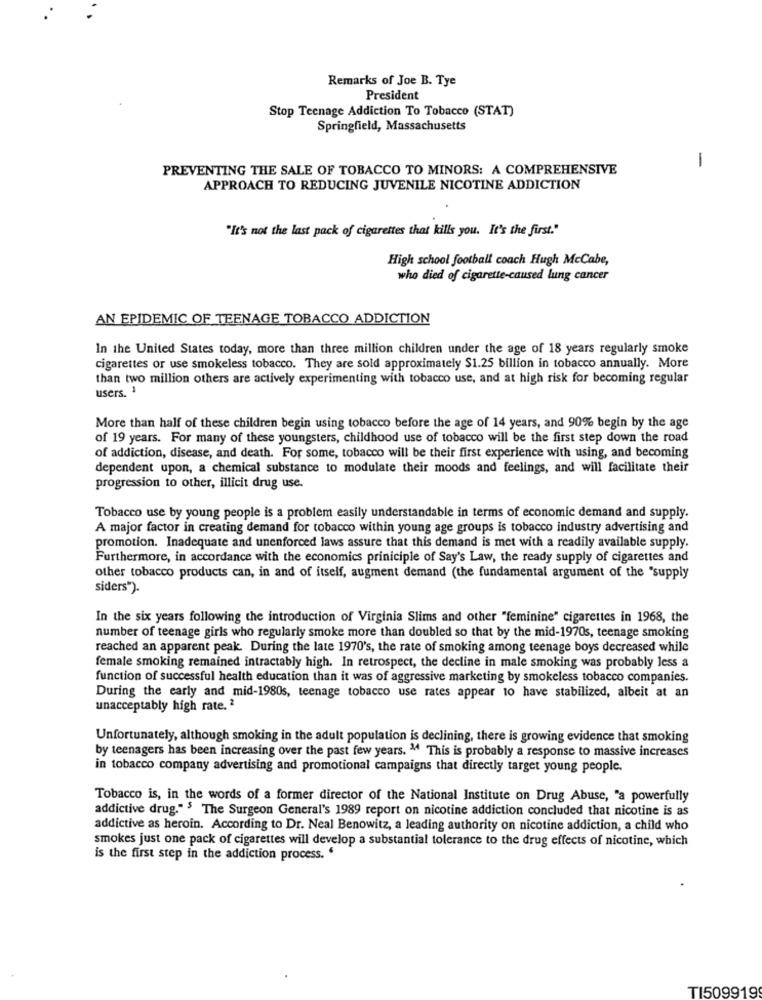
Remarks of Joe B. Tye
President
Stop Teenage Addiction To Tobacco (STAT)
Springfield, Massachusetts
1
PREVENTING THE SALE OF TOBACCO TO MINORS: A COMPREHENSIVE
APPROACH TO REDUCING JUVENILE NICOTINE ADDICTION
"It's not the last pack of cigarettes that kills you. It's the first."
High school football coach Hugh McCabe,
who died of cigarette-caused lung cancer
AN EPIDEMIC OF TEENAGE TOBACCO ADDICTION
In the United States today, more than three million children under the age of 18 years regularly smoke
cigarettes or use smokeless tobacco. They are sold approximately $1.25 billion in tobacco annually. More
than two million others are actively experimenting with tobacco use, and at high risk for becoming regular
users. 1
More than half of these children begin using tobacco before the age of 14 years, and 90% begin by the age
of 19 years. For many of these youngsters, childhood use of tobacco will be the first step down the road
of addiction, disease, and death. For some, tobacco will be their first experience with using, and becoming
dependent upon, a chemical substance to modulate their moods and feelings, and will facilitate their
progression to other, illicit drug use.
Tobacco use by young people is a problem easily understandable in terms of economic demand and supply.
A major factor in creating demand for tobacco within young age groups is tobacco industry advertising and
promotion. Inadequate and unenforced laws assure that this demand is met with a readily available supply.
Furthermore, in accordance with the economics principle of Say's Law, the ready supply of cigarettes and
other tobacco products can, in and of itself, augment demand (the fundamental argument of the "supply
siders").
In the six years following the introduction of Virginia Slims and other "feminine" cigarettes in 1968, the
number of teenage girls who regularly smoke more than doubled so that by the mid-1970s, teenage smoking
reached an apparent peak. During the late 1970's, the rate of smoking among teenage boys decreased while
female smoking remained intractably high. In retrospect, the decline in male smoking was probably less a
function of successful health education than it was of aggressive marketing by smokeless tobacco companies.
During the early and mid-1980s, teenage tobacco use rates appear 10 have stabilized, albeit at an
unacceptably high rate. 2
Unfortunately, although smoking in the adult population is declining, there is growing evidence that smoking
by teenagers has been increasing over the past few years. " This is probably a response to massive increases
in tobacco company advertising and promotional campaigns that directly target young people.
Tobacco is, in the words of a former director of the National Institute on Drug Abuse, "a powerfully
addictive drug." 5 The Surgeon General's 1989 report on nicotine addiction concluded that nicotine is as
addictive as heroin. According to Dr. Neal Benowitz, a leading authority on nicotine addiction, a child who
smokes just one pack of cigarettes will develop a substantial tolerance to the drug effects of nicotine, which
is the first step in the addiction process. "
TI509919